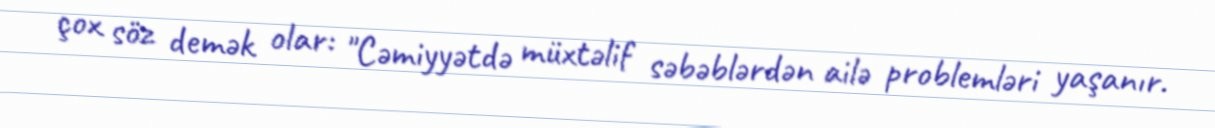
çox söz demək olar: "Cəmiyyətdə müxtəlif səbəblərdən ailə problemləri yaşanır.